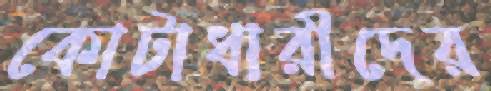
কোটাধারীদের